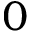
0